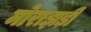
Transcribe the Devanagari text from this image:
मोराझड़ी